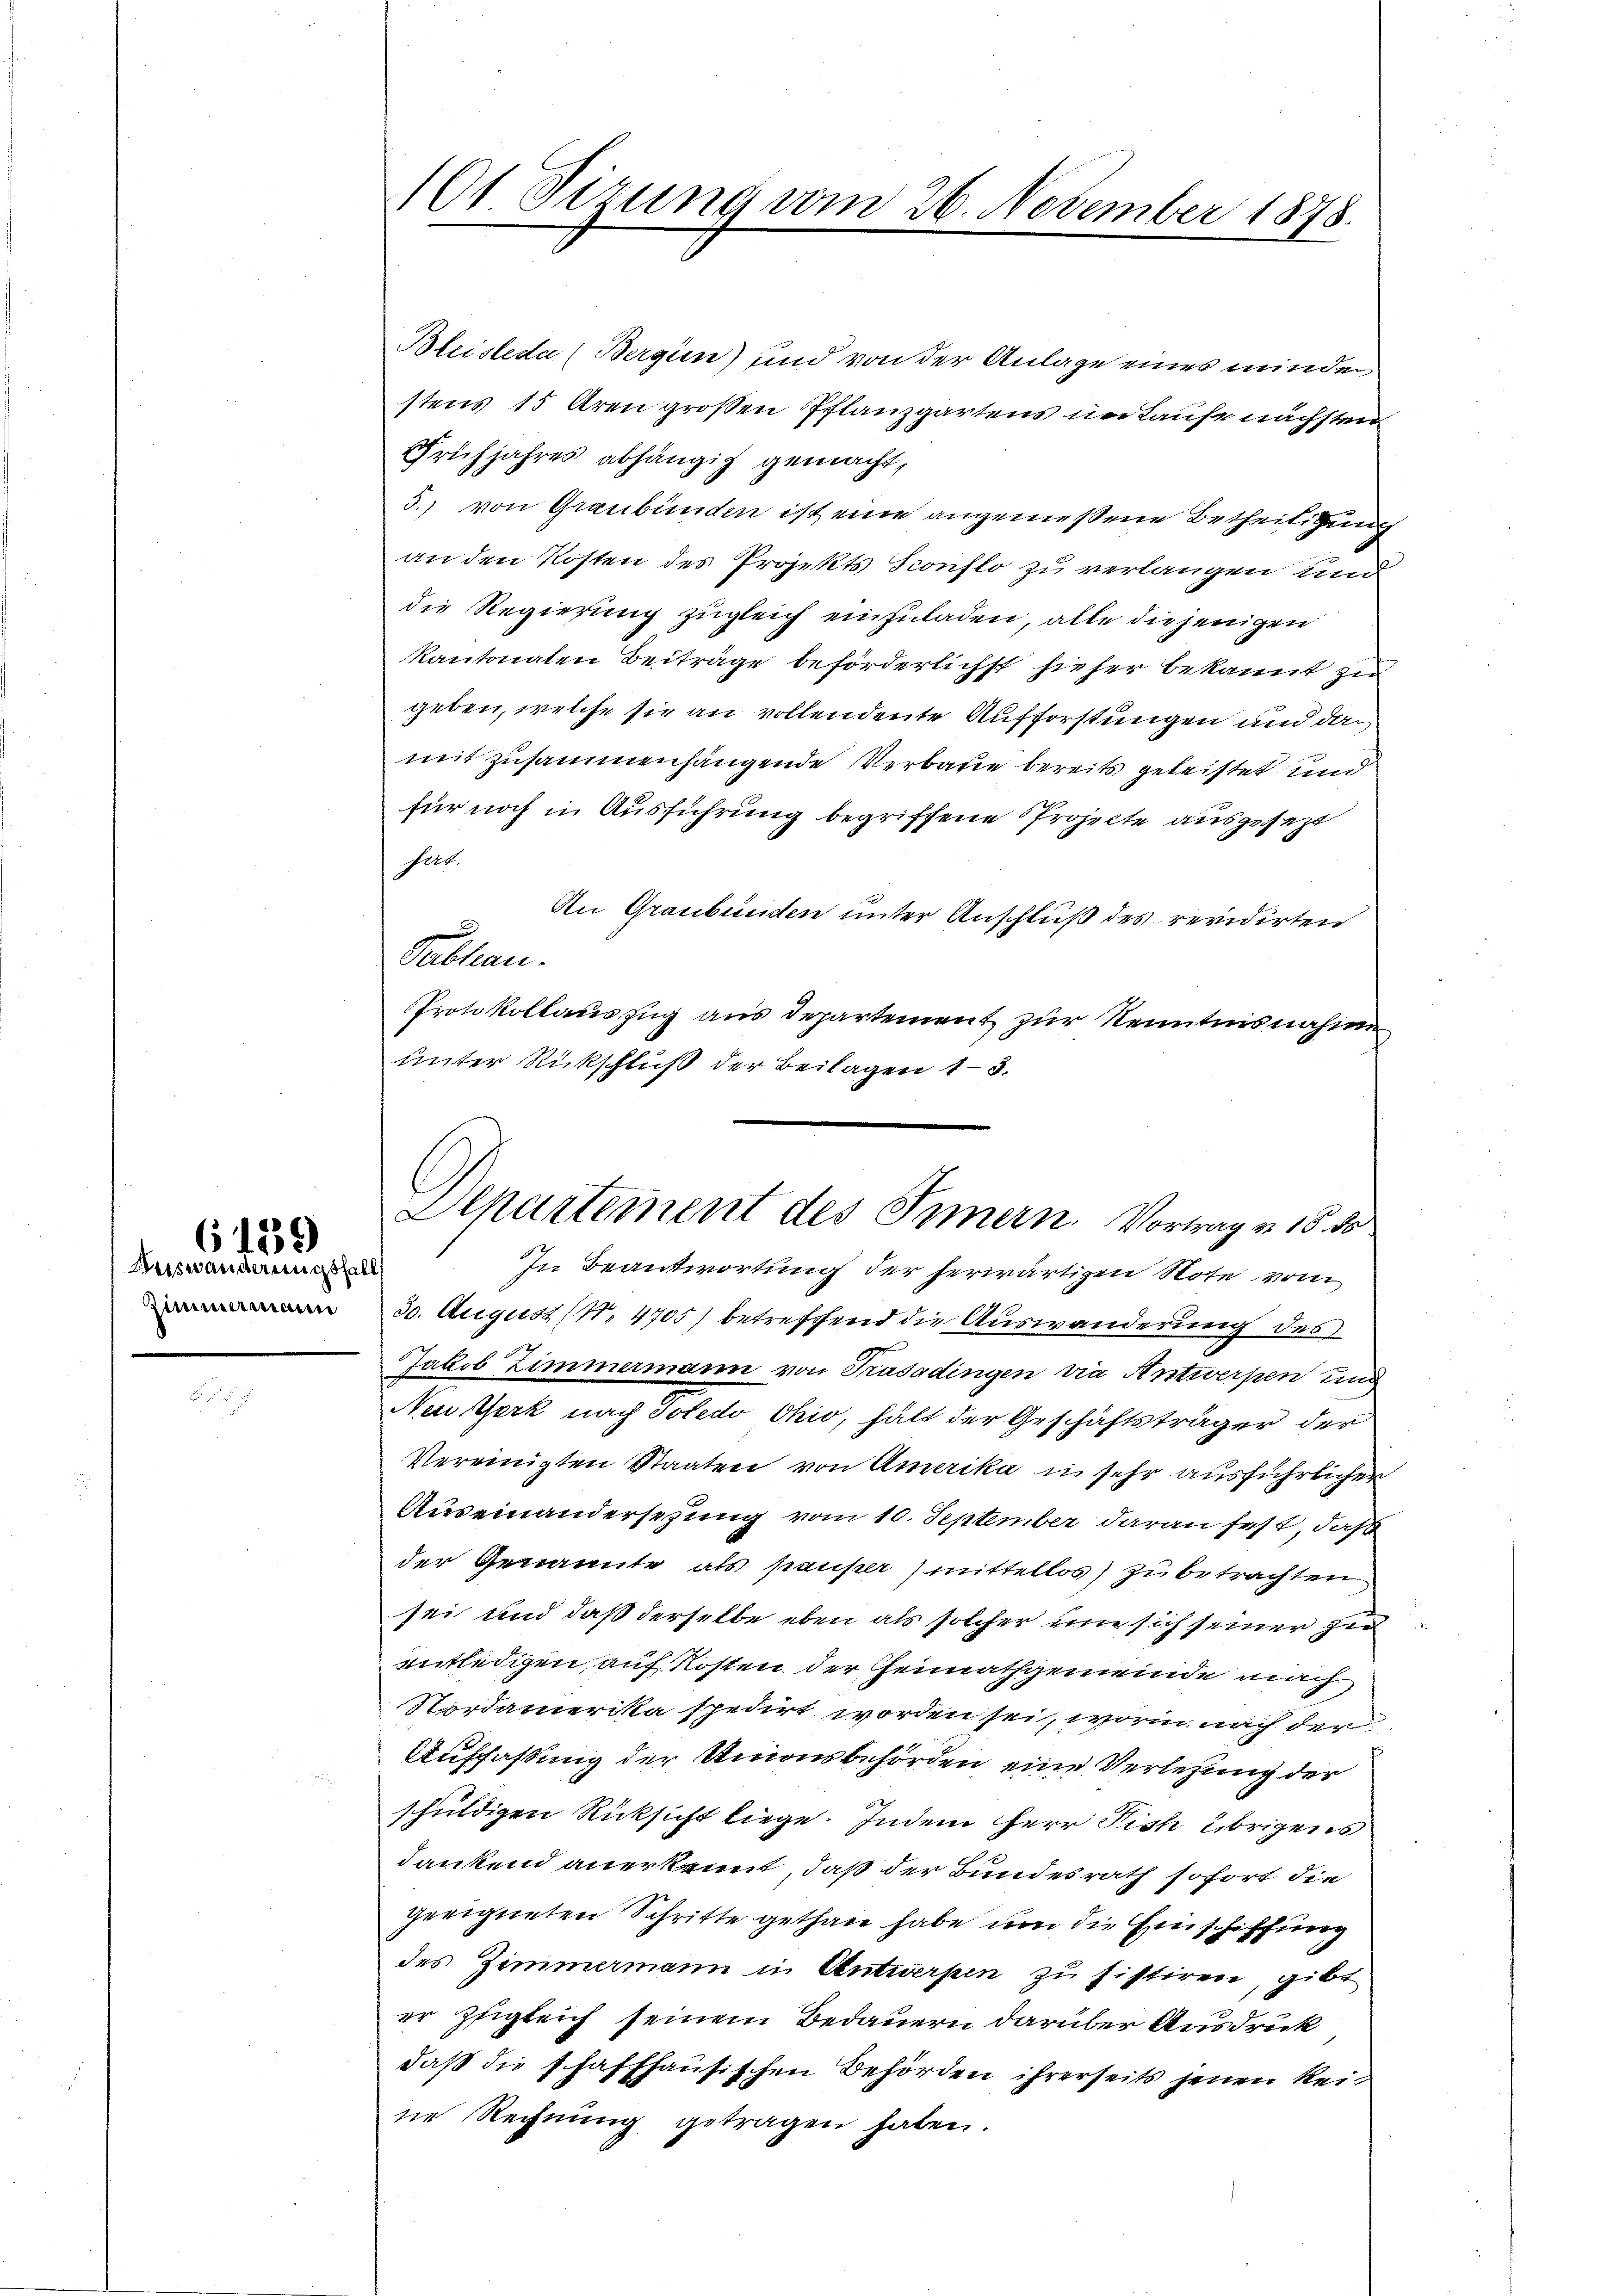
Auswanderungsfall
Zimmermann

6139

101 Sizung vom 26. November 1878.

Separtement des Innern. Vortrag v. 16. ds
In Beantwortung der herwärtigen Note vom

Bleisteda (Bergien) sind von der Anlage eines minder
stens 15 Aren großen Pflanzgartens im Laufe nächsten
Frühjahres abhängig gemacht,
5.) von Graubünden ist eine angemessene Betheiligung
an den Kosten des Projekts Sconflo zu verlangen und
die Regierung zugleich einzuladen, alle diejenigen
kantonaten Beiträge beförderlichst hieher bekannt zu
geben, welche sie an vollendente Aufforstungen und da
mit zusammenhängende Verbaute bereits geleistet und
für noch in Ausführung begriffene Projecte ausgesezt
fert.
An Graubünden unter Anschluß des revidirten
d
Sableau.
Protokollauszug aus Departement zur Kenntnisnahme
unter Rückschluß der Beilagen 13.
30. August (N. 4705) betreffend die Auswanderung des
Jakob Zimmermann von Trasadingen via Antwerpen und
Neu Yerk nach Poledo Ohio, hält der Geschäftsträger der
Vereinigten Staaten von Amerika in sehr ausführlicher
Auseinandersezung vom 10. September daran fest, daß
der Genannte als pauper mittellos) zu betrachten
sei und daß derselbe eben als solcher eine sich seiner zu
entledigen, auf Kosten der Heimathgemeinde nach
Nordamerika spedirt worden sei, worin nach der
Auffassung der Unionsbehörden eine Verlegung der
schuldigen Rücksicht liege. Indem Herr Fish übrigens
dankend anerkannt, daß der Bundesrath sofort die
geeigneten Schritte gethan habe um die Einschiffung
des Zimmermann in Antwerpen zu sistiren, gibt
er zugleich seinem Bedauern darüber Ausdruck
daß die schaffhausischen Behörden ihrerseits jenen Reine Rechnung getragen haben.